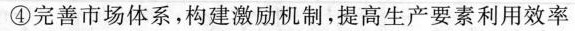
④完善市场体系，构建激励机制，提高生产要素利用效率